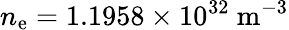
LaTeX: n_{\mathrm{e}}=1.1958\times10^{32}~\mathrm{{m^{-3}}}